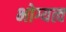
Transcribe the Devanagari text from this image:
भोग्यत्व